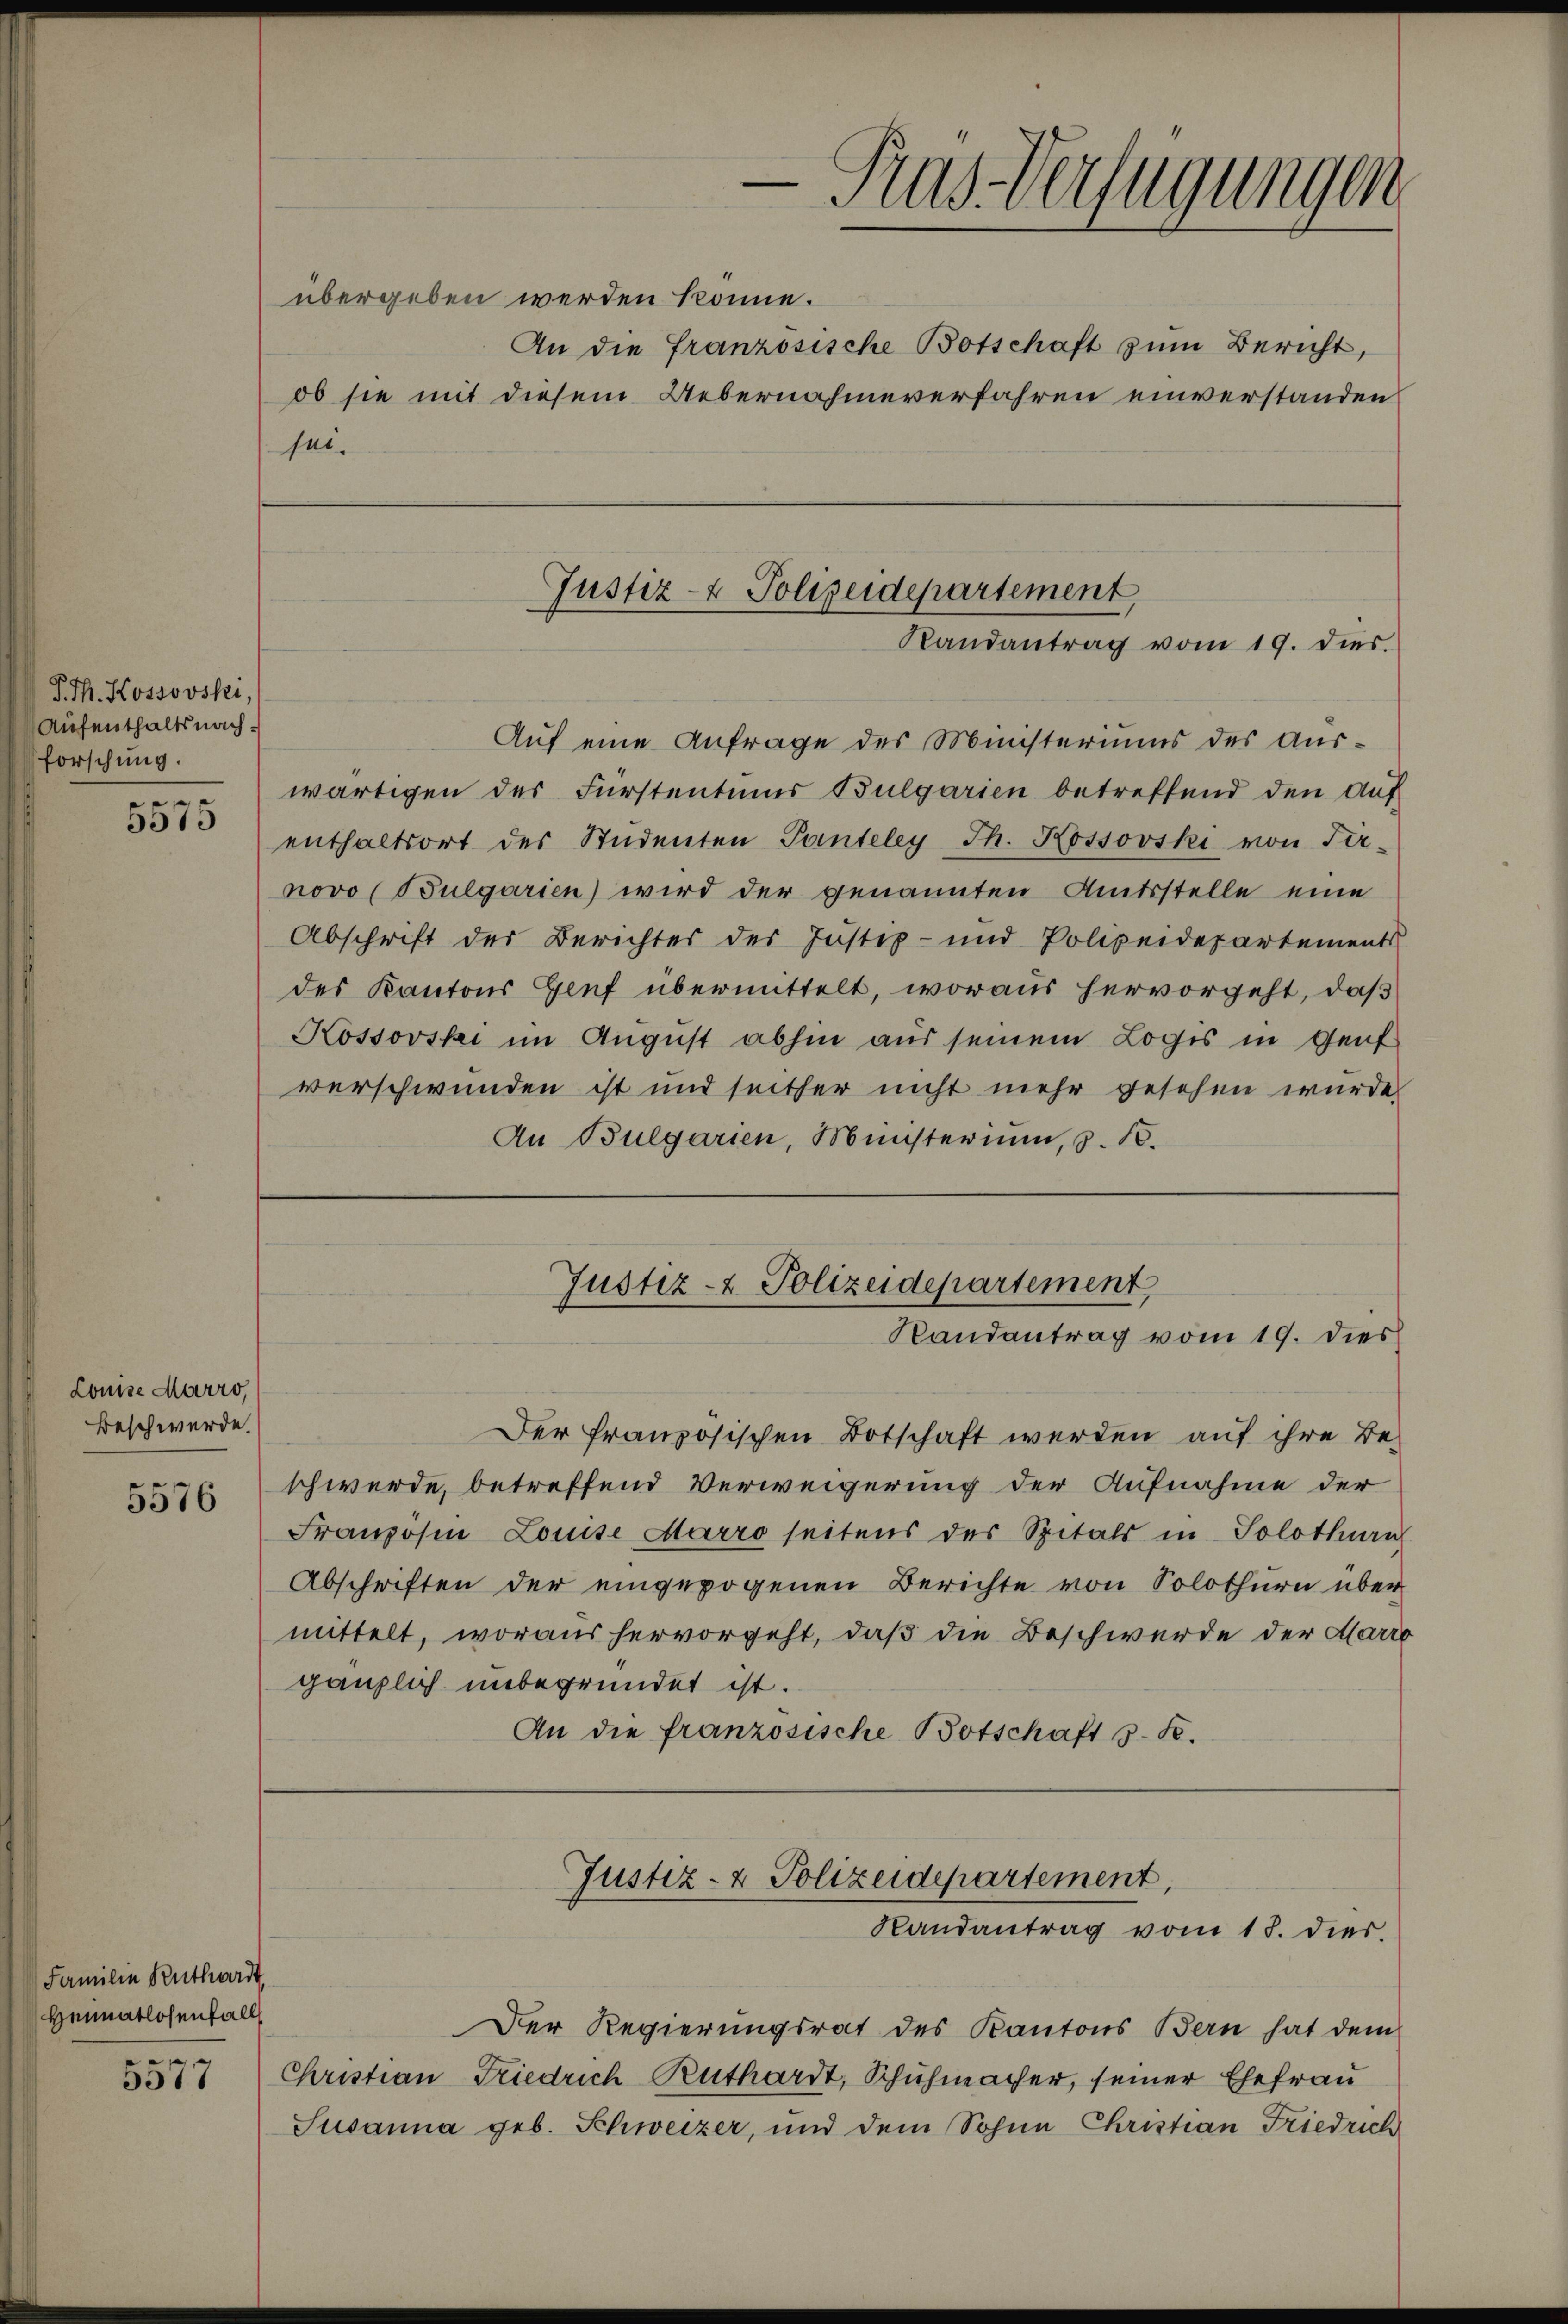
P. Th. Kossovski,
Aufenthaltsnachforschung.
e
5575

Louise Marro,
Beschwerde.
5576

Familie Kuthwardt
Heimatlosenfall
5577

übergeben werden könne.
ob sie mit diesem Uebernahmeverfahren einverstanden
sei.

Ras-Verfügungen

Justiz- & Polizeidepartement,
Randantrag vom 19. dies.

Auf eine Anfrage des Ministeriums des Auswärtigen des Fürstentums Bulgarien betreffend den Auf
enthaltsort des Studenten Panteley Th. Kossovski von Fer-
novo (Bulgarien) wird der genannten Amtsstelle eine
Abschrift des Berichtes des Justiz- und Polizeidepartements
des Kantons Genf übermittelt, woraus hervorgeht, daß
Kossovski im August abhin aus seinem Logis in Genf
verschwunden ist und seither nicht mehr gesehen würde.
An Bulgarien, Ministerium, z. B.

An die Französische Botschaft zum Bericht,

Justiz- & Polizeidepartement,
Randantrag vom 19. dies

Der französischen Botschaft werden auf ihre Be-
schwerde, betreffend Verweigerung der Aufnahme der
Französen Louise Marro seitens des Spitals in Solothurn
Abschriften der eingezogenen Berichte von Solothurn über
mittelt, woraus hervorgeht, daß die Beschwerde der Marro
gänzlich unbegründet ist.
An die französische Botschaft s. B.

Justiz- & Polizeidepartement,
Randantrag vom 18. dies

Der Regierungsrat des Kantons Bern hat dem
Christian Friedrich Ruthardt, Schuhmacher, seiner Ehefrau
Susanna geb. Schweizer, und dem Sohne Christian Friedrich